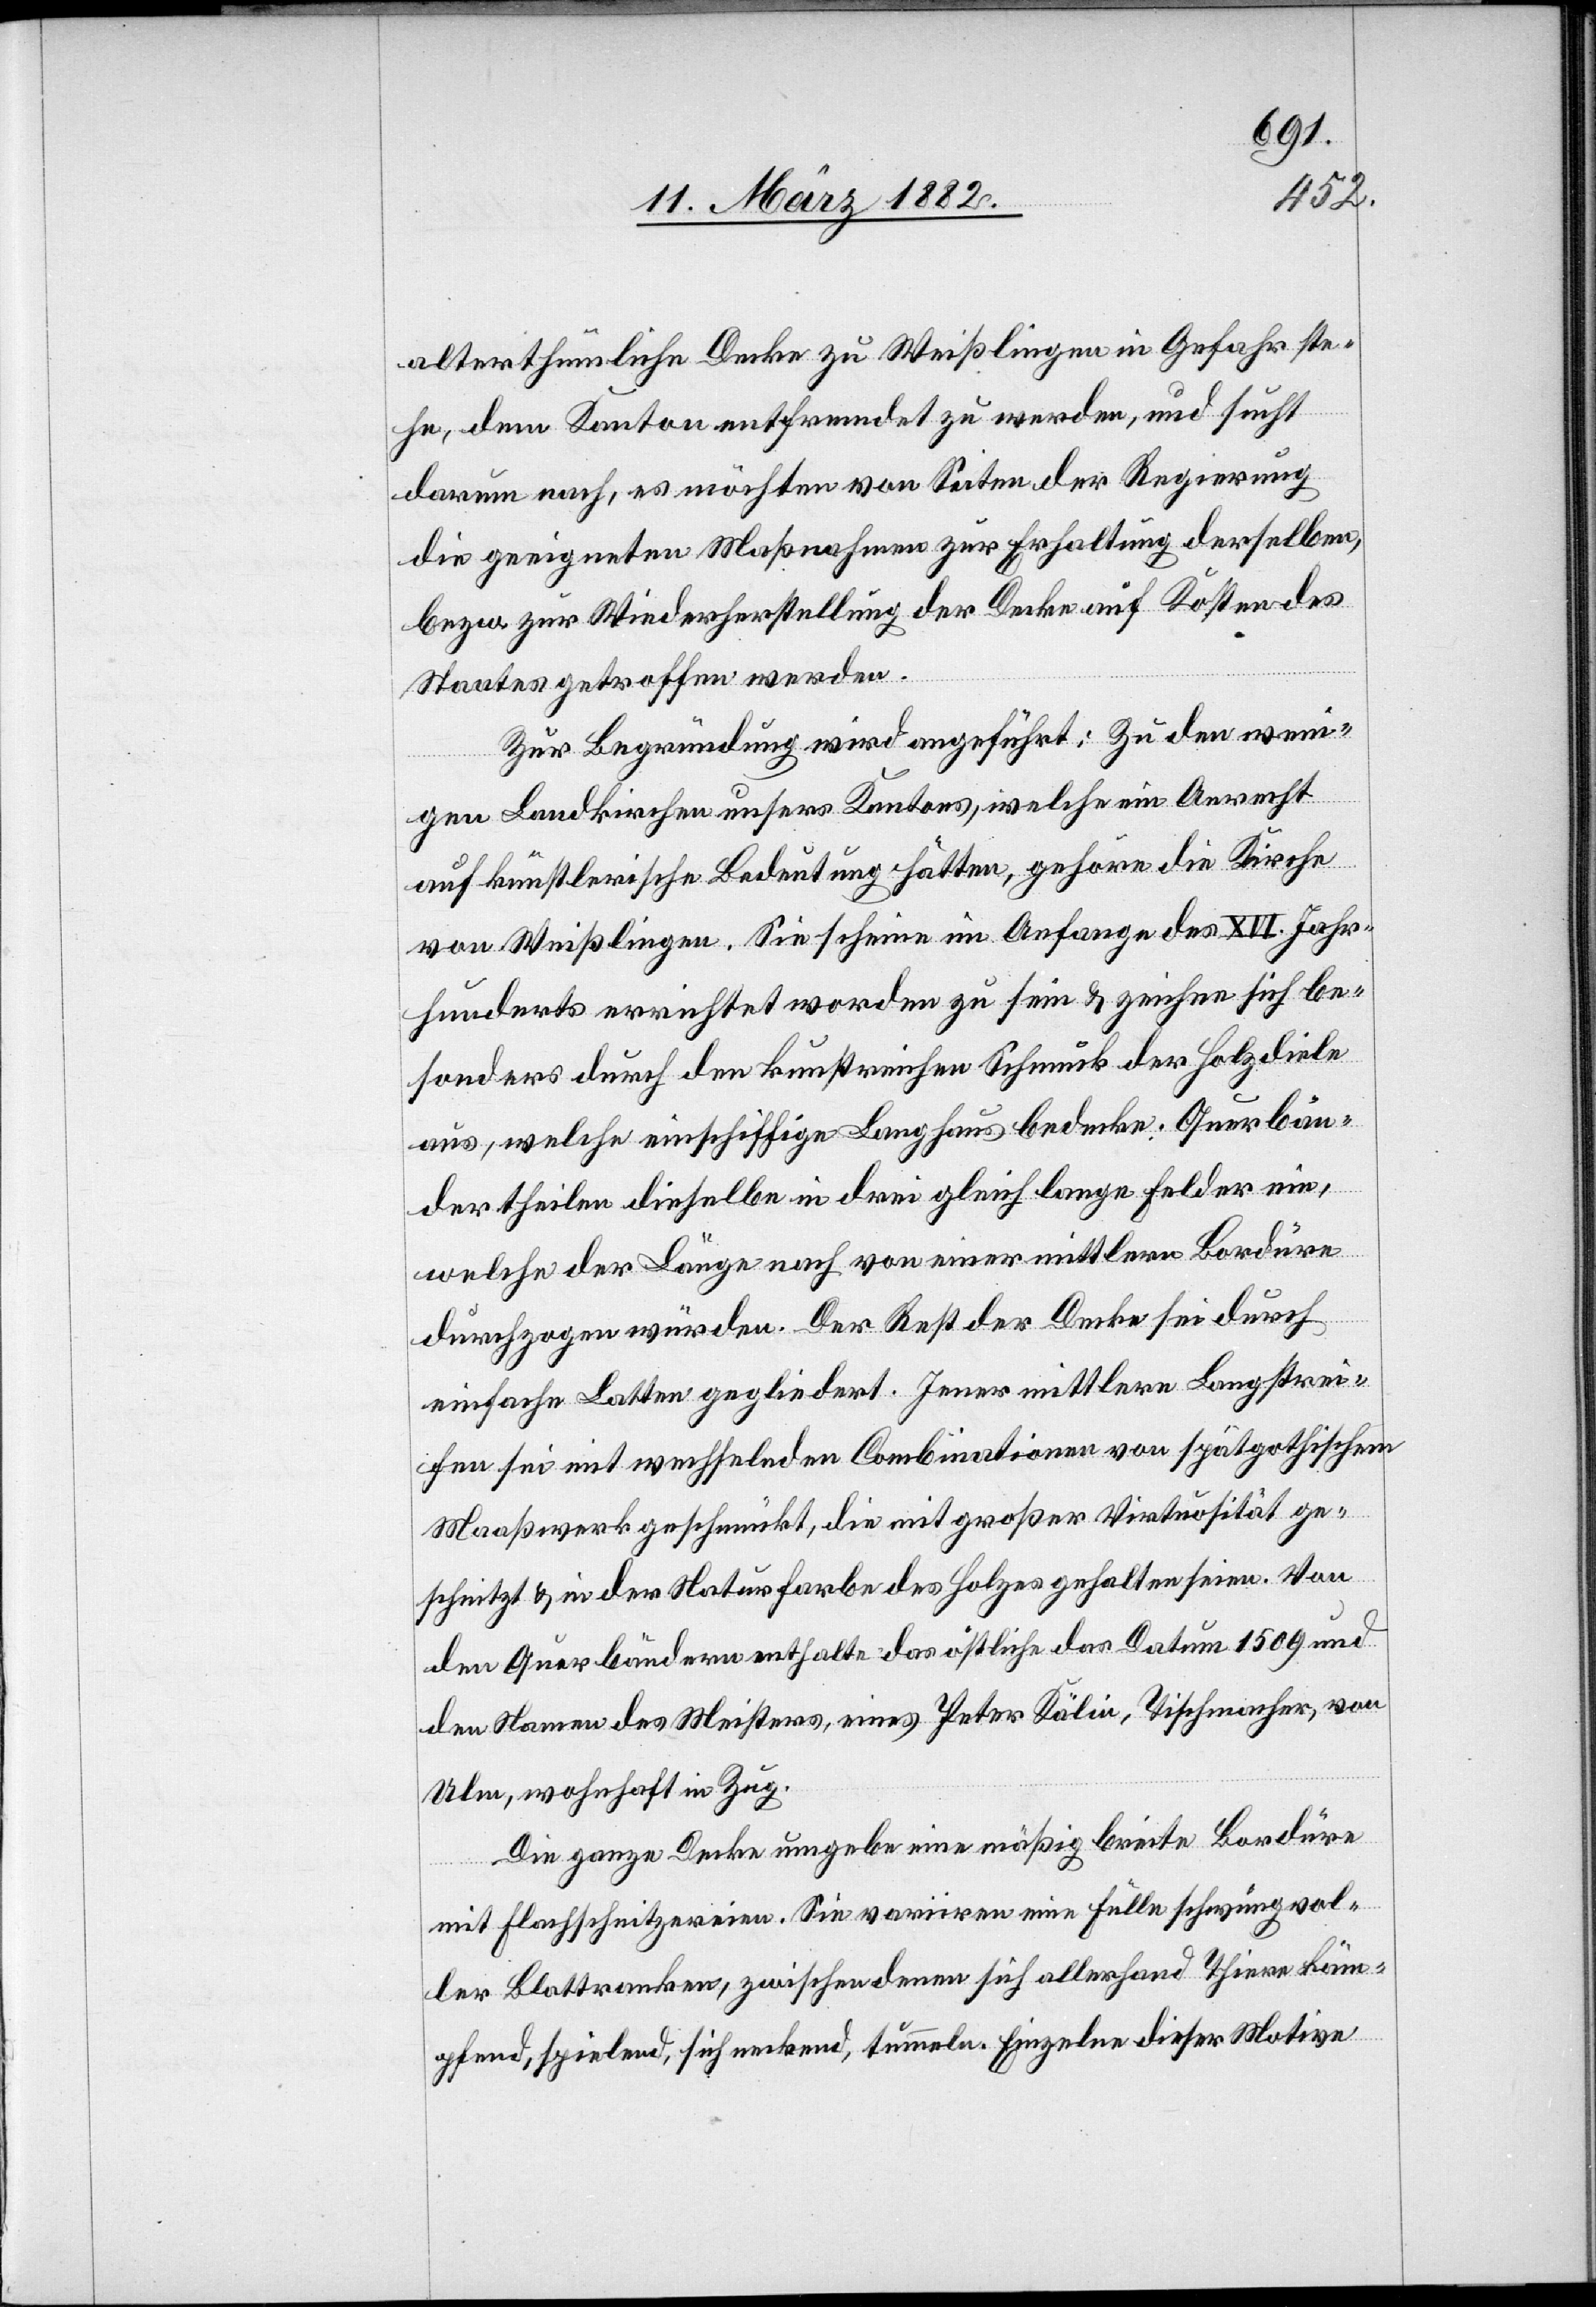
alterthümliche Decke zu Weißlingen in Gefahr ste¬
he, dem Kanton entfremdet zu werden, und sucht
darum nach, es möchten von Seiten der Regierung
die geeigneten Maßnahmen zu Erhaltung derselben,
bezw. zur Wiederherstellung der Decke auf Kosten des
Staates getroffen werden.
Zur Begründung wird angeführt: Zu den weni¬
gen Landkirchen unseres Kantons, welche ein Anrecht
auf künstlerische Bedeutung hätten, gehöre die Kirche
von Weißlingen. Sie scheine im Anfange des XVI. Jahr¬
hunderts errichtet worden zu sein & zeichne sich be¬
sonders durch den kunstreichen Schmuck der Holzdiele
aus, welche das einschiffige Langhaus bedecke. Querbäu¬
der theilen dieselben in die gleich langen Felder ein,
welche der Länge nach von einer mittleren Bordüre
durchzogen würden. Der Rest der Decke sei durch
einfache Latten geglidert. Jener mittlere Langstrei¬
fen sei mit wechselnden Combinationen von spätgotischem
Maaßwerk geschmückt, die mit großer Virtuosität ge¬
schnitzt & in der Naturfarbe des Holzes gehalten seien. Von
den Querbänden enthalte das östliche das Datum 1509 und
den Namen des Meisters, eines Peter Kälin, Tischmacher, von
Ulm, wohnhaft in Zug.
Die ganze Decke umgebe eine mäßige breite Bordüre
mit Flachschnitzereien. Sie variiren eine Fülle schwungvol¬
ler Blattranken, zwischen denen sich allerhand Thiere käm¬
pfend, spielend, sich reckend, tummeln. Einzelne dieser Motive